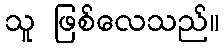
သူ ဖြစ်လေသည်။